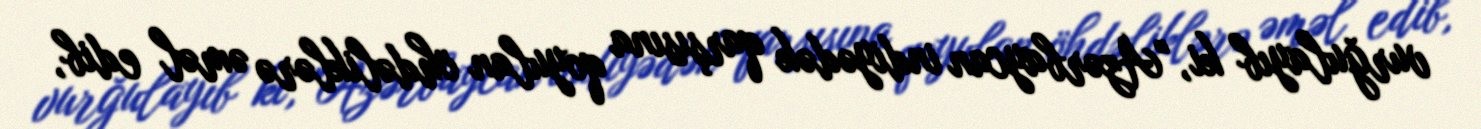
vurğulayıb ki, "Azərbaycan indiyədək qarşısına qoyulan öhdəliklərə əməl edib,